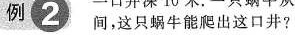
例2 间，这只蜗牛能爬出这口井?